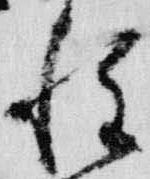
種